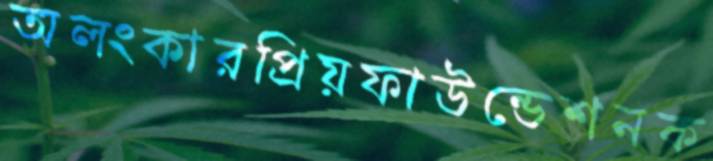
অলংকারপ্রিয়ফাউন্ডেশনক